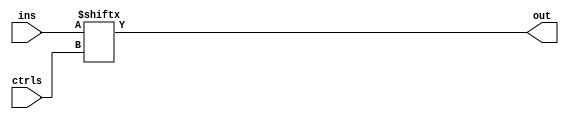

module mux_n21 #(parameter nCTRL = 8)(ins,ctrls,out);

	localparam nIN = 2**nCTRL;
	
	input [nIN-1:0] ins;
	input [nCTRL-1:0] ctrls;
	output out;

	assign out = ins[ctrls];

endmodule